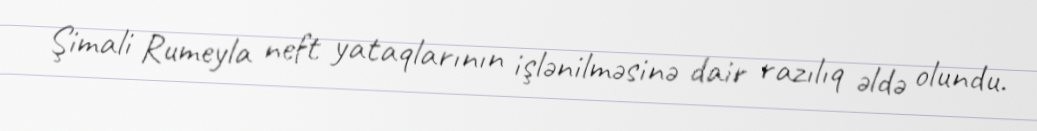
Şimali Rumeyla neft yataqlarının işlənilməsinə dair razılıq əldə olundu.